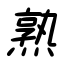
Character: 熟